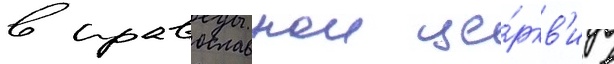
в православнои це́ркв'и в